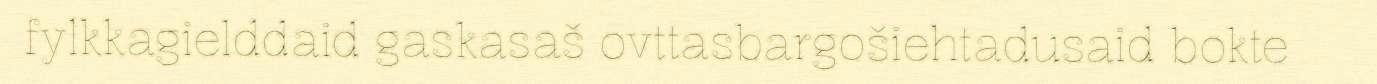
fylkkagielddaid gaskasaš ovttasbargošiehtadusaid bokte